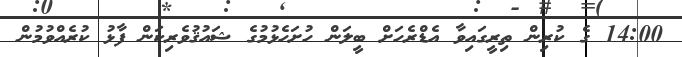
14:00 ގެ ކުރިން ތިރީގައިވާ އެޑްރެހަށް ބީލަން ހުށަހެޅުމުގެ ޝައުޤުވެރިކަން ފާޅު ކުރެއްވުމުން